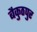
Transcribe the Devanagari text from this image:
बैकुठपुर